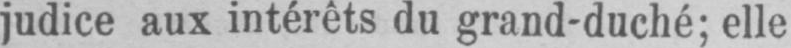
judice aux intérêts du grand-duché; elle